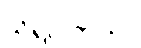
သိရပါတယ်။